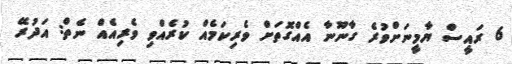
6 ރައީސް ޔާމީނަށްވުރެ ގާނޫނާ އެއްގޮތަށް ވެރިކަމެއް ކުރެއްވި ވެރިއެއް ނެތް: އަދުރޭ